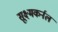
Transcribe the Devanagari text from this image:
सूक्ष्मकर्नल